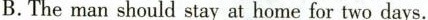
B.The man should stay at home for two days.